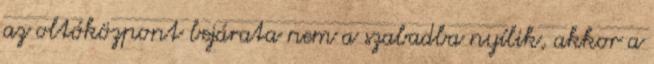
az oltóközpont bejárata nem a szabadba nyílik, akkor a